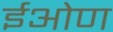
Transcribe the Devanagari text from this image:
ईओण